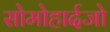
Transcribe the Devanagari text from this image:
सोमोहार्दजो